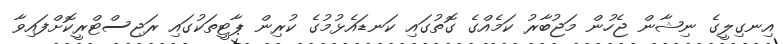
އިނގިލީގެ ނިޝާން ޖެހުން މަޖުބާރު ކަމެއްގެ ގޮތުގައި ކަނޑައެޅުމުގެ ކުރިން ޕާޓީތަކުގައި ރަޖިސްޓްރީކޮށްފައިވާ